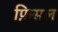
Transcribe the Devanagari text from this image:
फ़िसल